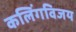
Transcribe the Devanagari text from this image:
कलिंगविजय